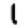
Digit: 1